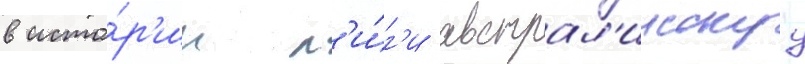
в исто́р'ии л'и́г'и австрал'иискуу